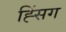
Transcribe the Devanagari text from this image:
ह्सिंग